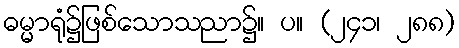
ဓမ္မာရုံ၌ဖြစ်သောသညာ၌။ ပ။ (၂၄၁၊ ၂၈၈)